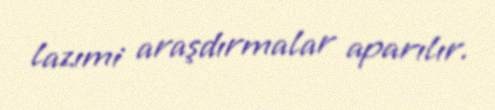
lazımi araşdırmalar aparılır.